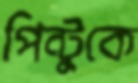
পিন্টুকে